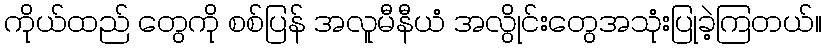
ကိုယ်ထည် တွေကို စစ်ပြန် အလူမီနီယံ အလွိုင်းတွေအသုံးပြုခဲ့ကြတယ်။